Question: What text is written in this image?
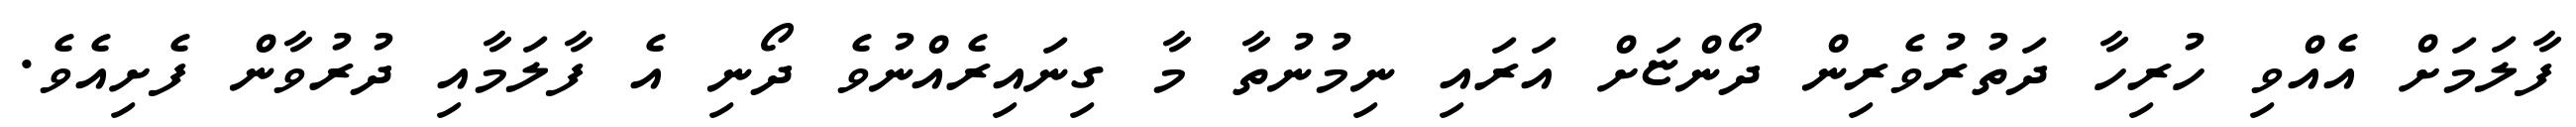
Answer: ފާލަމަށް އެއްވި ހުރިހާ ދަތުރުވެރިން ދޯންޏަށް އަރައި ނިމުނުތާ މާ ގިނައިރެއްނުވެ ދޯނި އެ ފާލަމާއި ދުރުވާން ފެށިއެވެ.